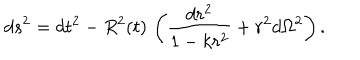
d s ^ { 2 } = d t ^ { 2 } - R ^ { 2 } ( t ) \, \left( \frac { d r ^ { 2 } } { 1 - k r ^ { 2 } } + r ^ { 2 } d \Omega ^ { 2 } \right) .